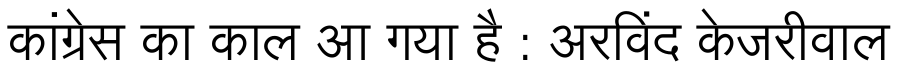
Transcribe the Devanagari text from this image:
कांग्रेस का काल आ गया है : अरविंद केजरीवाल